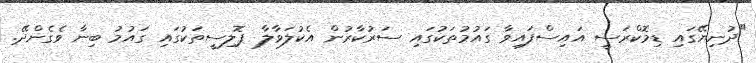
"ދުނިޔޭގައި ޑިމޮކްރަސީ އައިސްފައިވާ ގައުމުތަކުގައި ސަރުކާރުން އެކުލަވާލާ ޕޮލިސީތަކުގައި ގައުމު ބިނާ ވެގެންދޭ.